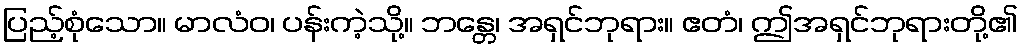
ပြည့်စုံသော။ မာလံဝ၊ ပန်းကဲ့သို့။ ဘန္တေ၊ အရှင်ဘုရား။ ဧတံ၊ ဤအရှင်ဘုရားတို့၏